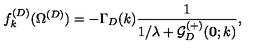
f _ { k } ^ { ( D ) } ( \Omega ^ { ( { D } ) } ) = - \Gamma _ { { D } } ( k ) \frac { 1 } { 1 / \lambda + { \mathcal G } _ { { D } } ^ { ( + ) } ( { \bf 0 } ; k ) } ,